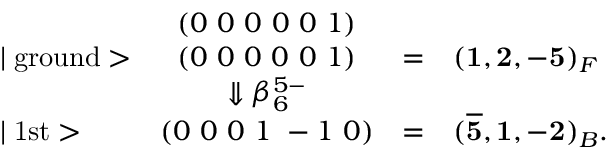
\begin{array} { l c c l } { { } } & { { ( 0 ~ 0 ~ 0 ~ 0 ~ 0 ~ 1 ) } } \\ { { \mid \mathrm { g r o u n d } > } } & { { ( 0 ~ 0 ~ 0 ~ 0 ~ 0 ~ 1 ) } } & { { = } } & { { ( { \bf 1 , 2 , - 5 } ) _ { F } } } \\ { { } } & { { \Downarrow \beta _ { 6 } ^ { 5 - } } } \\ { { \mid \mathrm { 1 s t } > } } & { { ( 0 ~ 0 ~ 0 ~ 1 ~ - 1 ~ 0 ) } } & { { = } } & { { ( { \bf \overline { { { 5 } } } , 1 , - 2 } ) _ { B } . } } \end{array}